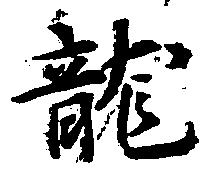
龍